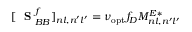
[ \mathrm { ~ \bf ~ S ~ } _ { B B } ^ { f } ] _ { n l , n ^ { \prime } l ^ { \prime } } = \nu _ { \mathrm { o p t } } f _ { D } M _ { n l , n ^ { \prime } l ^ { \prime } } ^ { E * }